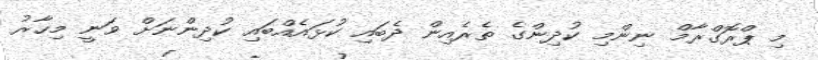
މި ޕްރޮގްރާމް ނިންމި ކުދިންގެ ތެރެއިން ދެބައި ކުޅައެއްބައި ކުދިންނަށް ވަނީ މިހާރު